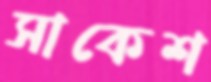
সাকেশ